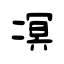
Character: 凕